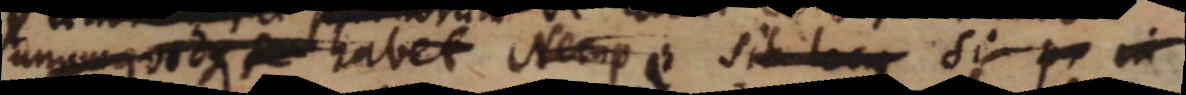
unum quodque habet Nempe si p_ in